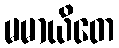
မမာယိတေ